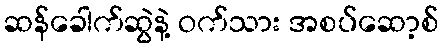
ဆန်ခေါက်ဆွဲနဲ့ ဝက်သား အစပ်ဆော့စ်